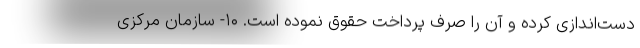
‌دست‌اندازی کرده و آن را صرف پرداخت حقوق نموده است. ۱۰- سازمان مرکزی